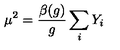
\mu ^ { 2 } = \frac { \beta ( g ) } { g } \sum _ { i } Y _ { i }